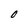
Character: O